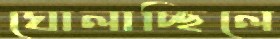
ঘোলাচ্ছিলে